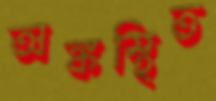
অঙ্কস্থিত